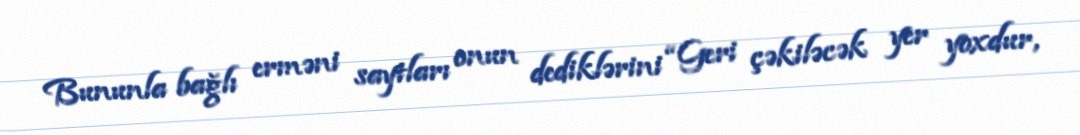
Bununla bağlı erməni saytları onun dediklərini “Geri çəkiləcək yer yoxdur,